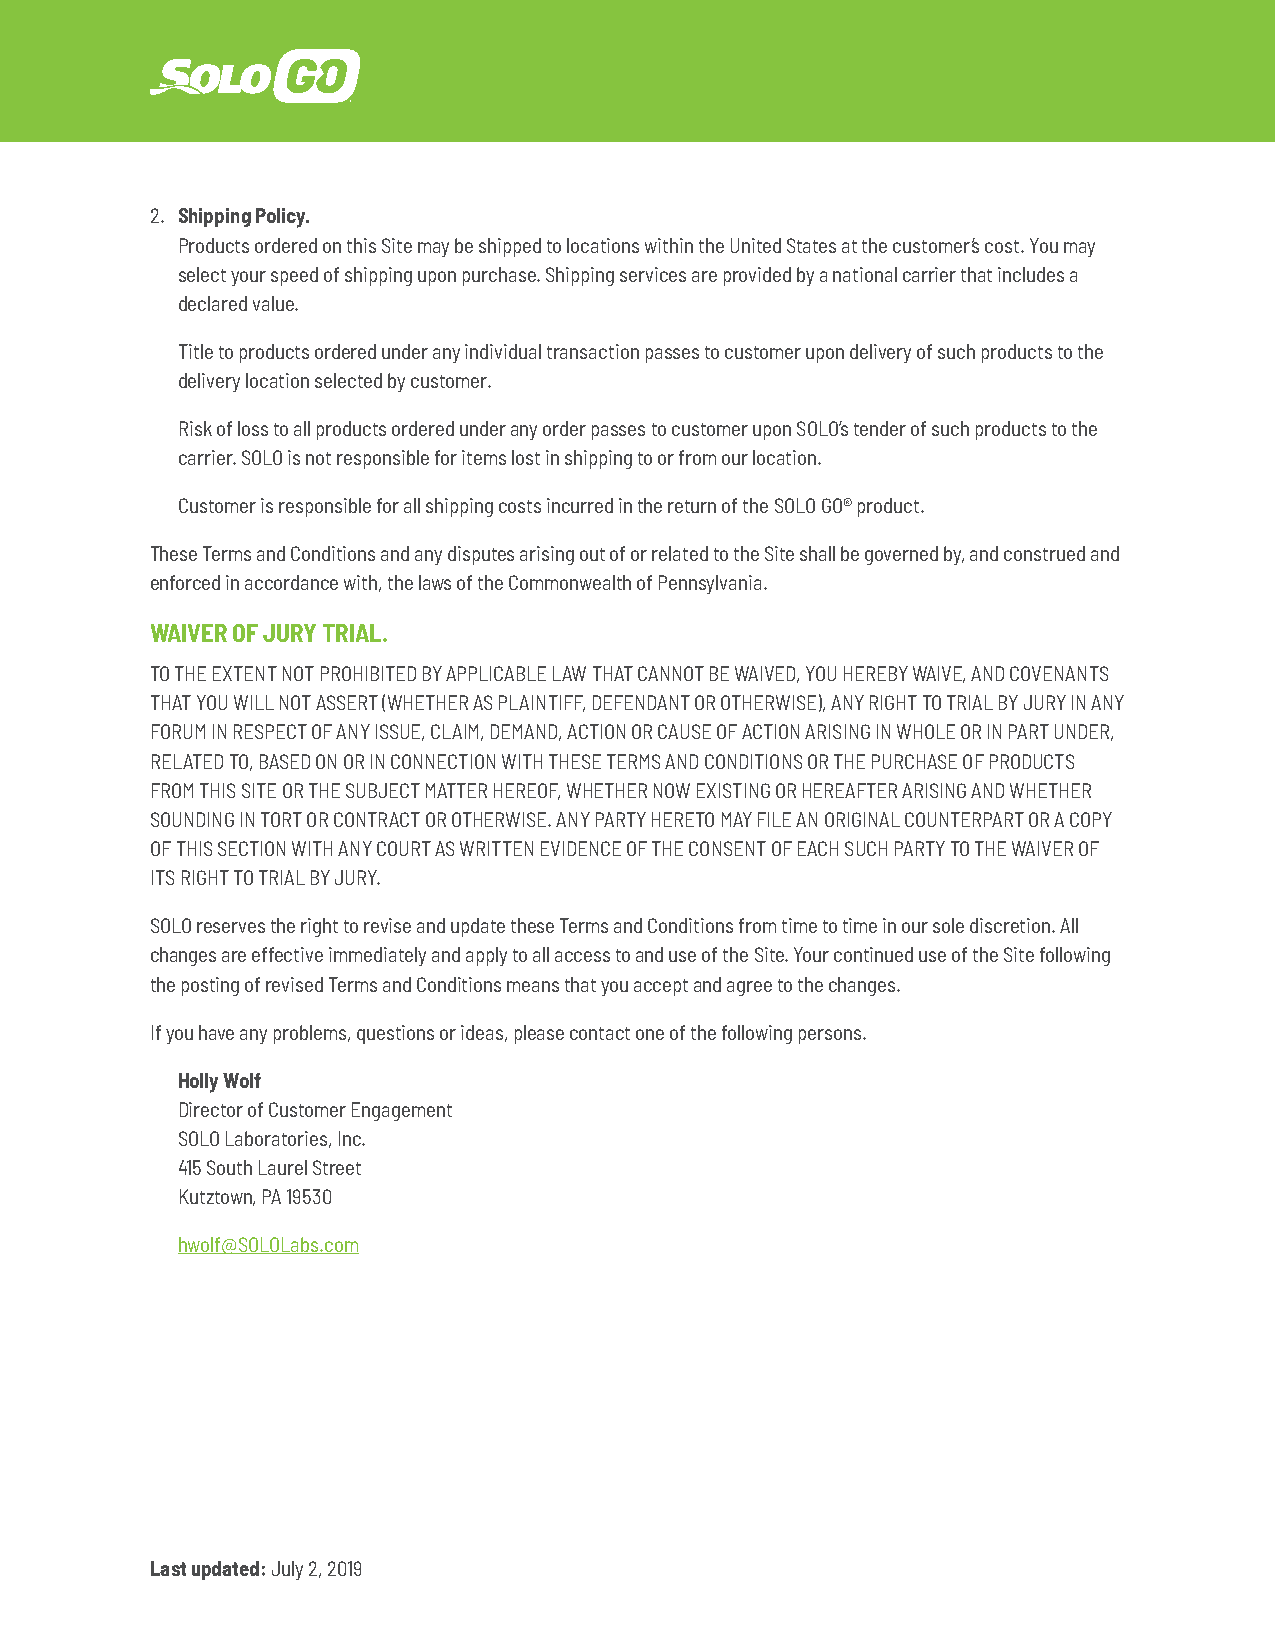
2. Shipping Policy.
 Products ordered on this Site may be shipped to locations within the United States at the customer’s cost. You may
 select your speed of shipping upon purchase. Shipping services are provided by a national carrier that includes a
 declared value.
 Title to products ordered under any individual transaction passes to customer upon delivery of such products to the
 delivery location selected by customer.
 Risk of loss to all products ordered under any order passes to customer upon SOLO’s tender of such products to the
 carrier. SOLO is not responsible for items lost in shipping to or from our location.
 Customer is responsible for all shipping costs incurred in the return of the SOLO GO® product.
 These Terms and Conditions and any disputes arising out of or related to the Site shall be governed by, and construed and
 enforced in accordance with, the laws of the Commonwealth of Pennsylvania.
 WAIVER OF JURY TRIAL.
 TO THE EXTENT NOT PROHIBITED BY APPLICABLE LAW THAT CANNOT BE WAIVED, YOU HEREBY WAIVE, AND COVENANTS
 THAT YOU WILL NOT ASSERT (WHETHER AS PLAINTIFF, DEFENDANT OR OTHERWISE), ANY RIGHT TO TRIAL BY JURY IN ANY
 FORUM IN RESPECT OF ANY ISSUE, CLAIM, DEMAND, ACTION OR CAUSE OF ACTION ARISING IN WHOLE OR IN PART UNDER,
 RELATED TO, BASED ON OR IN CONNECTION WITH THESE TERMS AND CONDITIONS OR THE PURCHASE OF PRODUCTS
 FROM THIS SITE OR THE SUBJECT MATTER HEREOF, WHETHER NOW EXISTING OR HEREAFTER ARISING AND WHETHER
 SOUNDING IN TORT OR CONTRACT OR OTHERWISE. ANY PARTY HERETO MAY FILE AN ORIGINAL COUNTERPART OR A COPY
 OF THIS SECTION WITH ANY COURT AS WRITTEN EVIDENCE OF THE CONSENT OF EACH SUCH PARTY TO THE WAIVER OF
 ITS RIGHT TO TRIAL BY JURY.
 SOLO reserves the right to revise and update these Terms and Conditions from time to time in our sole discretion. All
 changes are effective immediately and apply to all access to and use of the Site. Your continued use of the Site following
 the posting of revised Terms and Conditions means that you accept and agree to the changes.
 If you have any problems, questions or ideas, please contact one of the following persons.
 Holly Wolf
 Director of Customer Engagement
 SOLO Laboratories, Inc.
 415 South Laurel Street
 Kutztown, PA 19530
 hwolf@SOLOLabs.com
 Last updated: July 2, 2019